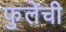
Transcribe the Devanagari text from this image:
फुलेंची